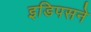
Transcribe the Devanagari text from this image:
इडिपसने